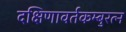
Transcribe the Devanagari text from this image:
दक्षिणावर्तकम्बुरत्न